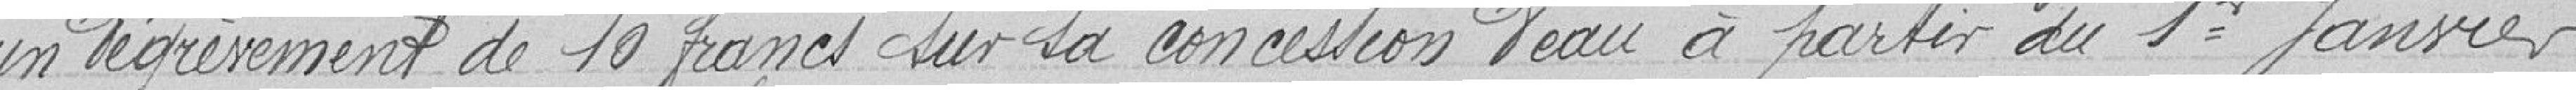
un dégrèvement de 10 francs sur sa concession d'eau à partir du 1er Janvier